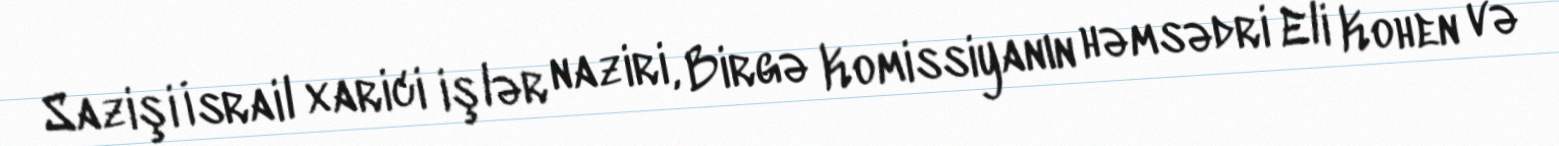
Sazişi İsrail xarici işlər naziri, Birgə Komissiyanın həmsədri Eli Kohen və